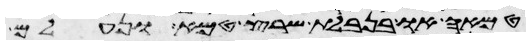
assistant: טמאה או בנבלת שרץ טמא ונעלם